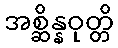
အစ္ဆိန္နဝုတ္တိ